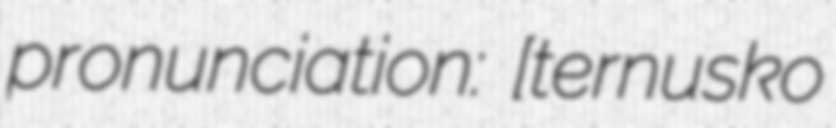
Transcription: pronunciation: [tʃerˈnusko